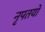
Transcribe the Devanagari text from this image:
नृपतयो